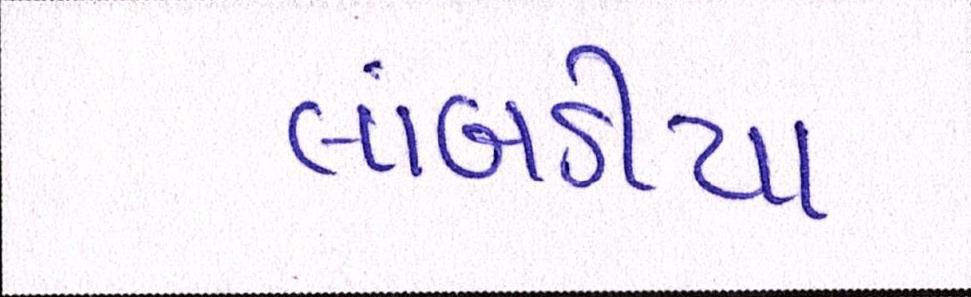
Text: લાંબડીયા